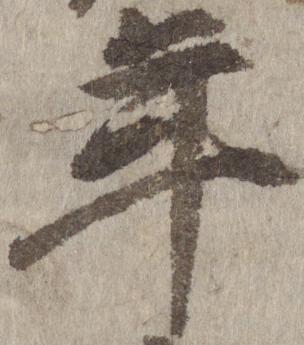
年